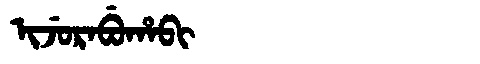
Manchu: ᡳᠵᡠᡵᠠᠪᡠᡥᠠᠪᡳ
Romanization: IJURABUHABI